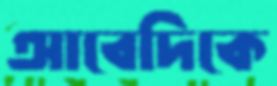
আবেদিকে